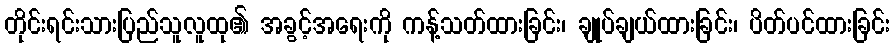
တိုင်းရင်းသားပြည်သူလူထု၏ အခွင့်အရေးကို ကန့်သတ်ထားခြင်း၊ ချုပ်ချယ်ထားခြင်း၊ ပိတ်ပင်ထားခြင်း